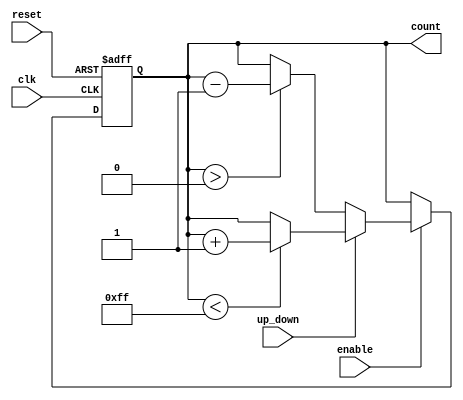
module UpDownCounter (
    input wire clk,           // Clock signal
    input wire reset,         // Asynchronous reset signal
    input wire enable,        // Count enable signal
    input wire up_down,       // Control signal for counting direction (1 for up, 0 for down)
    output reg [7:0] count    // Current count value (8-bit counter)
);

    // Parameter for maximum count value
    parameter MAX_COUNT = 255; // Maximum value for an 8-bit counter

    // Asynchronous reset and counting logic
    always @(posedge clk or posedge reset) begin
        if (reset) begin
            count <= 8'b00000000; // Reset count to zero
        end else if (enable) begin
            if (up_down) begin
                // Increment logic
                if (count < MAX_COUNT) begin
                    count <= count + 1; // Increment count
                end
            end else begin
                // Decrement logic
                if (count > 0) begin
                    count <= count - 1; // Decrement count
                end
            end
        end
    end

endmodule